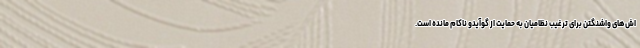
اش‌های واشنگتن برای ترغیب نظامیان به حمایت از گوآیدو ناکام مانده است.